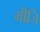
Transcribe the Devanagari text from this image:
मीजि